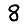
Digit: 8